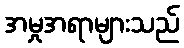
အမှုအရာများသည်